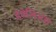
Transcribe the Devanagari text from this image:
हेवेलिअस